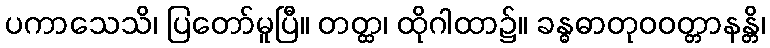
ပကာသေသိ၊ ပြတော်မူပြီ။ တတ္ထ၊ ထိုဂါထာ၌။ ခန္ဓဓာတုဝဝတ္တာနန္တိ၊